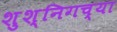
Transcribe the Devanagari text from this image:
शुश्निगच्या